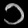
Digit: ၁